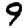
Digit: 9